Vaccination in Bombay 1869-1873 - 1869-1873
Year: 1869
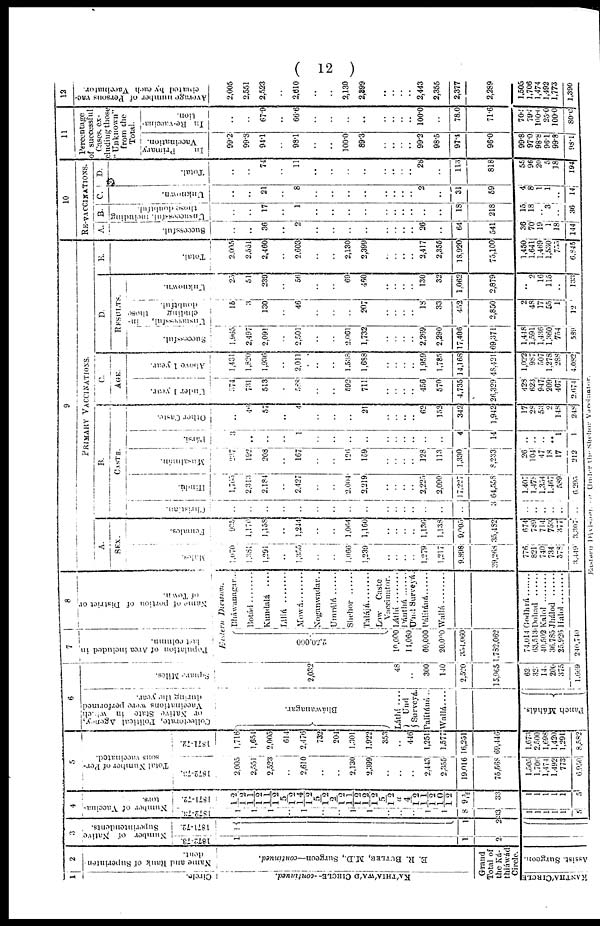
( 12 )
1
Circle.
KA'THIA'WA'D CIRCLE—continued.
2
Name and Rank of Superinten¬
dent.
E. R. BUTLER, M.D., Surgeon—continued.
Grand
Total of
the Ká¬
thiáwád
Circle.
KANTHA'CIRCLE
Assist. Surgeon.
3
Number of Native
Superintendents.
1872-73.
1871-72.
1
1
2
1
1
2
4
Number of Vaccina¬
tors.
1872-73.
1871-72.
1
1
1
..
1
..
..
1
1
..
.. ..
1
1
8
33
1
1
1
1
1
5
12/12
11/12
11/12
5/12
14/12
5/12
2/12
11/12
12/12
5/12
a
4/12
11/12
10/12
9 5/12
33
1
1
1
1
1
5
5
Total Number of Per-
sons vaccinated.
1872-73.
2,005
2,551
2,523
..
2,610
..
..
2,130
2,399
..
..
..
2,443
2,355
19,016
75,568
1,505
1,706
1,474
1,492
773
6,950
1871-72.
1,716
1,654
2,005
614
2,476
732
204
1,301
1,922
353
..
446
1,251
1,577
16,251
69,446
1,673
2,500
1,698
1,420
1,291
8,582
6
Collectorate, Political Agency,
or Native State in which
Vaccinations were performed
during the year.
Bháwanagar.
Láthí ....
Und
Surveyá.
Palítáná ..
Wallá....
i
Punch Máháls.
Squars Miles.
2,032
48
..
300
140
2,520
15,965
621
321
144
200
375
1,669
7
Population of Area included in
last column.
8
Name of portion of District or
of Town.
Eastern
Division.
2,50,000
10,000
11,060
60,000
20,000
354,060
1,782,062
74,014
63,513
40,502
36.785
25,926
240,740
Bháwanagar..
Botád ..........
Kundalá
....
Líliá ....
Mowá........
Noganwadar..
Umrálá......
Shehor ......
Talájá..........
Low
Caste
Vaccinator.
Látlá
........
Pánthá ........
U'nd Surveyá.
Pálítáná......
Wallá ..........
Godhrá ........
Dohad
Kalol
Jhálod
Halol
9
PRIMARY VACCINATIONS.
A.
SEX.
Males.
1,070
1,381
1,291
..
1,355
..
..
1,066
1,239
..
..
..
..
1,279,
1,217
9,898
39,268
776,
821
740
734
378
3,449
Females.
925
1,170
1,158
..
1,244
..
..
1,064
1,160
..
..
..
..
1,136
1,138
9,005
15,482
674
789
714
753
377
3,307
B.
CASTE.
Christian.
..
..
..
..
..
..
..
..
..
..
..
..
..
..
..
..
3
..
..
..
..
..
..
Hindú.
1,765
2,313
2,184
..
2,427
..
..
2,004
2,219
..
..
..
..
2,225
2,090
17,227
64,558
1,407
1,478
1,354
1,467
589
6,295
Musalmán.
227
192
208
..
167
..
..
126
159
..
..
.. ..
128
113
1,330
8,233
26
104
47
18
17
212
Pársí.
3
..
..
..
1
..
..
..
..
..
..
..
..
..
..
4
14
..
..
..
.. 1
1
Other Caste.
..
46
57
..
4
..
..
..
21
..
..
..
..
62
152
342
1,942
17
28
53
9
148
248
C.
AGE.
Under 1 year.
574
731
513
..
588
..
..
592
711
..
..
..
..
456
570
4,735
26,329
428
623
947
209
467
2,674
Above 1 year.
1,431
1,820
1,936
..
2,011
..
..
1,538
1,688
..
..
..
..
1,959
1,785
14,168
48,421
1,022
987
507
1,278
288
4,082
D.
RESULTS.
Successful.
1,965
2,497
2,091
..
2,501
..
..
2,061
1,732
..
..
..
..
2,269
2,290
17,406
69,371
1,448
1,591
1,436
1,360
754
589
Unsuccessful
in¬
cluding
those
doubtful.
15
3
130
..
46
..
..
..
207
..
..
..
..
18
33
452
2,850
2
48
17
55
1
12
Unknown.
25
51
239
..
56
..
..
69
460
..
..
..
..
130
32
1,062
2,879
..
2
16
115
..
133
E.
Total.
2,005
2,551
2,460
..
2,603
..
..
2,130
2,399
..
..
..
..
2,417
2,355
18,920
75,100
1,450
1,641
1,469
1,530
755
6,845
10
RE-VACCINATIONS.
A.
Successful.
..
..
36
..
2
..
..
..
..
..
..
..
..
26
..
64
541
36
70
19
1
18
144
B.
Unsuccessful, including
those doubtful.
..
..
17
..
1
..
..
..
..
..
..
..
..
..
..
18
218
15
18
..
3
..
36
C.
Unknown.
..
..
21
..
8
..
..
..
..
..
..
..
..
2
..
31
59
4
8
1
1
..
14
D.
Total.
..
..
74
..
11
..
..
..
..
..
..
..
..
28
..
113
818
55
96
20
5
18
194
11
Percentage
of successful
Cases, ex-
cluding those
" unknown"
from the
Total.
In
Primary
Vaccination.
99.2
99.8
94.1
..
98.1
..
..
100.0
89.3
..
..
..
..
99.2
98.5
97.4
96.0
99.8
97.0
98.8
96.1
99.8
98.1
In Re-vaccina¬
tion.
..
..
67.9
..
66.6
..
..
..
..
..
..
..
..
100.0
..
78.0
71.6
70.5
79.5
100.0
25.0
100.0
80.0
12
Average number of Persons vac-
cinated by each Vaccinator.
2,005
2,551
2,523
..
2,610
..
..
2,130
2,899
..
..
..
..
2,443
2,355
2,377
2,289
1,505
1,706
1,474
1,492
1,773
1,390
Eastern Division . a Under the Shehor Vaccinator.